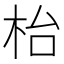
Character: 枱